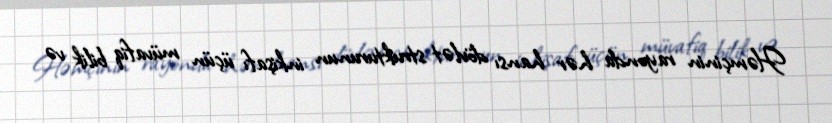
Həmçinin rayonda hər hansı dövlət strukturunun inkişafı üçün müvafiq bilik və